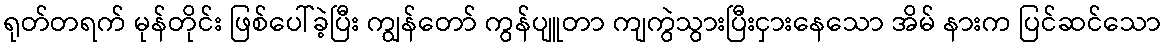
ရုတ်တရက် မုန်တိုင်း ဖြစ်ပေါ်ခဲ့ပြီး ကျွန်တော် ကွန်ပျူတာ ကျကွဲသွားပြီးငှားနေသော အိမ် နားက ပြင်ဆင်သော